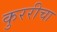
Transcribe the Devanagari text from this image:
कुररीचा